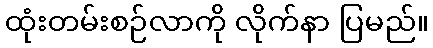
ထုံးတမ်းစဉ်လာကို လိုက်နာ ပြမည်။